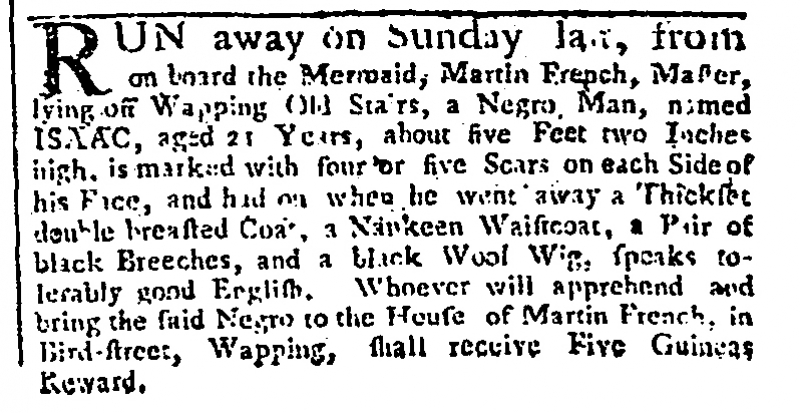
Gazetteer and New Daily Advertiser, 3 July 1764 (England)
RUN away on Sunday la[s]t, from on board the Mermaid, Martin French, Master, lying off Wapping Old Stairs, a Negro Man, named ISAAC, aged 21 Years, about five Feet two Inches high, is marked with four or five Scars on each Side of his Face, and had on when he went away a Thickset double breasted Coat, a Nankeen Waistcoat, a Pair of black Breeches, and a black Wool Wig, speaks tolerably good English. Whoever will apprehend and bring the said Negro to the House of Martin French, in Bird-street, Wapping, shall receive Five Guineas Reward.